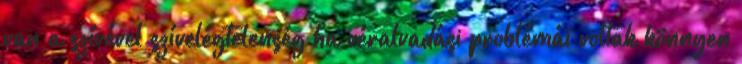
van a szívével szívelégtelenség ha véralvadási problémái voltak könnyen